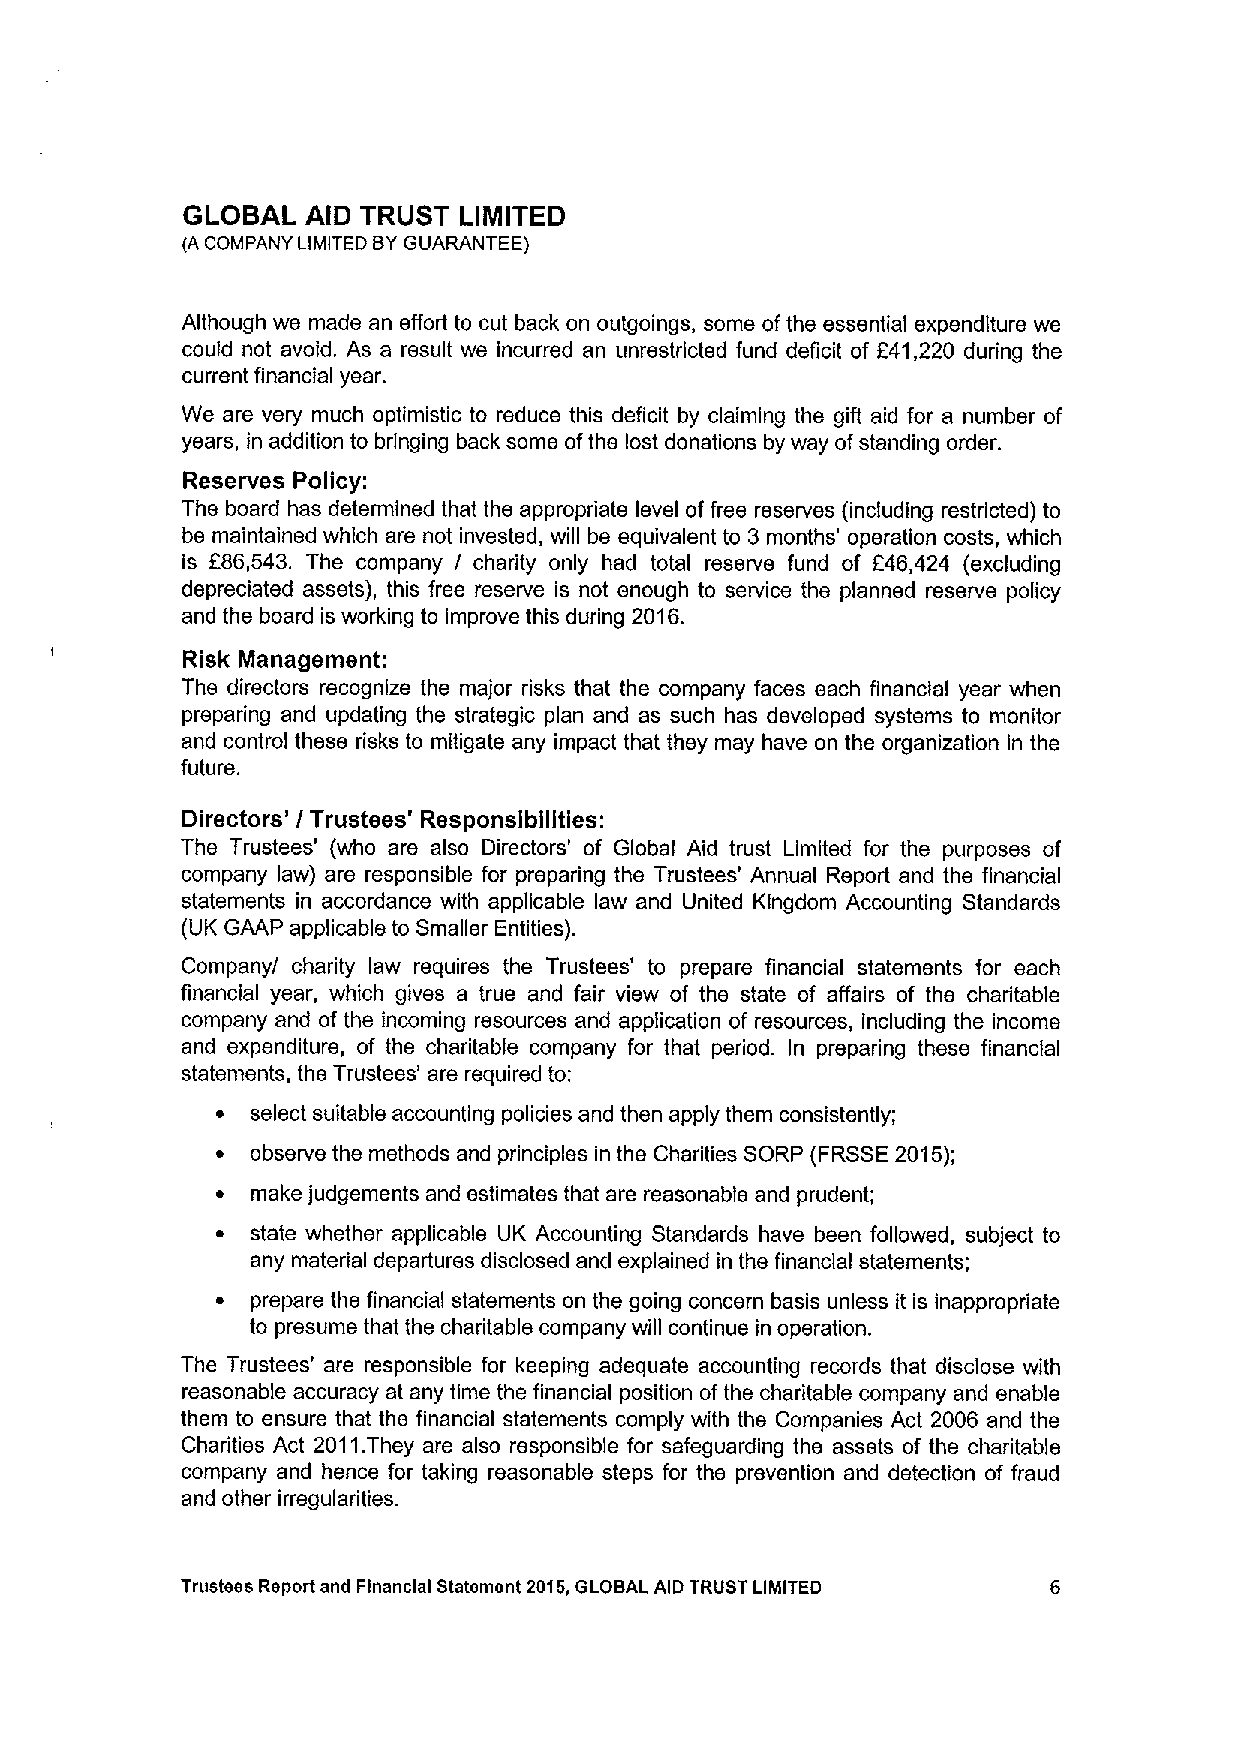
GLOBAL  AID TRUST LIMITED
 (A COMPANY LIMITED BYGUARANTEE)
 Although we made an effort to cut back on outgoings, some ofthe essential expenditure we
 could not avoid. As a result we incurred an unrestricted fund deficit of E41,220 during the
 current financial year.
 We are very much optimistic to reduce this deficit by claiming the gift aid for a number of
 years, in addition to bringing back some ofthe lost donations by way ofstanding order.
 Reserves Policy:
 The board has determined that the appropriate level of free reserves (including restricted) to
 be maintained which are not invested, will be equivalent to 3 months' operation costs, which
 is 286,543. The company / charity only had total reserve fund of E46,424 (excluding
 depreciated assets), this free reserve is not enough to service the planned reserve policy
 and the board is working to improve this during 2016.
 Risk Itjianagsment:
 The directors recognize the major risks that the company faces each financial year when
 preparing and updating the strategic plan and as such has developed systems to monitor
 and control these risks to mitigate any impact that they may have on the organization in the
 future.
 Directors' Trustees' Responsibilities:
 /
 The Trustees' (who are also Directors' of Global Aid trust Limited for the purposes of
 company law) are responsible for preparing the Trustees' Annual Report and the financial
 statements in accordance with applicable law and United Kingdom Accounting Standards
 (UK GAAP applicable to Smaller Entities).
 Company/ charity law requires the Trustees' to prepare financial statements for each
 financial year, which gives a true and fair view of the state of affairs of the charitable
 company and of the incoming resources and application of resources, including the income
 and expenditure, of the charitable company for that period. in preparing these financial
 statements, the Trustees' are required to:
 ~  select suitable accounting policies and then apply them consistently;
 ~  observe the methods and principles in the Charities SORP (FRSSE2015);
 ~  make judgements and estimates that are reasonable and prudent;
 ~  state whether applicable UK Accounting Standards have been followed, subject to
 any material departures disclosed and explained in the financial statements;
 ~  prepare the financial statements on the going concern basis unless it is inappropriate
 to presume that the charitable company will continue in operation.
 The Trustees' are responsible for keeping adequate accounting records that disclose with
 reasonable accuracy at any time the financial position of the charitable company and enable
 them to ensure that the financial statements comply with the Companies Act 2006 and the
 Charities Act 2011.They are also responsible for safeguarding the assets of the charitable
 company and hence for taking reasonable steps for the prevention and detection of fraud
 and other irregularities.
 Trueteea Report and Financial Statement 2015,GLOBAL AID TRUST LIMITED